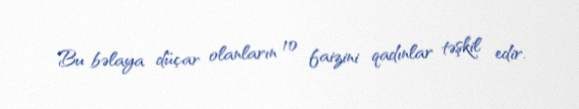
Bu bəlaya düçar olanların 10 faizini qadınlar təşkil edir.